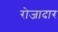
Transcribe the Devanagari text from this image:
रोजादार